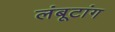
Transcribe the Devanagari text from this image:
लंबूटांग